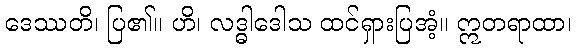
ဒေဿတိ၊ ပြ၏။ ဟိ၊ လဒ္ဓါဒေါသ ထင်ရှားပြအံ့။ ဣတရာထာ၊